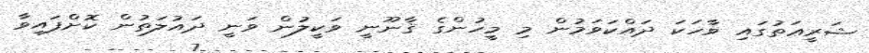
ޝަރީޢަތުގައި ވާހަކަ ދައްކަވަމުން މި މީހުންގެ ޤާނޫނީ ވަކީލުން ވަނީ ދައުލަތުން ކޮށްފައިވާ